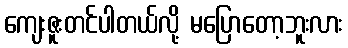
ကျေးဇူးတင်ပါတယ်လို့ မပြောတော့ဘူးလား